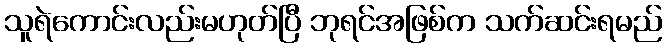
သူရဲကောင်းလည်းမဟုတ်ပြီ ဘုရင်အဖြစ်က သက်ဆင်းရမည်